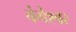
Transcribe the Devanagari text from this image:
वंगेश्‍वर